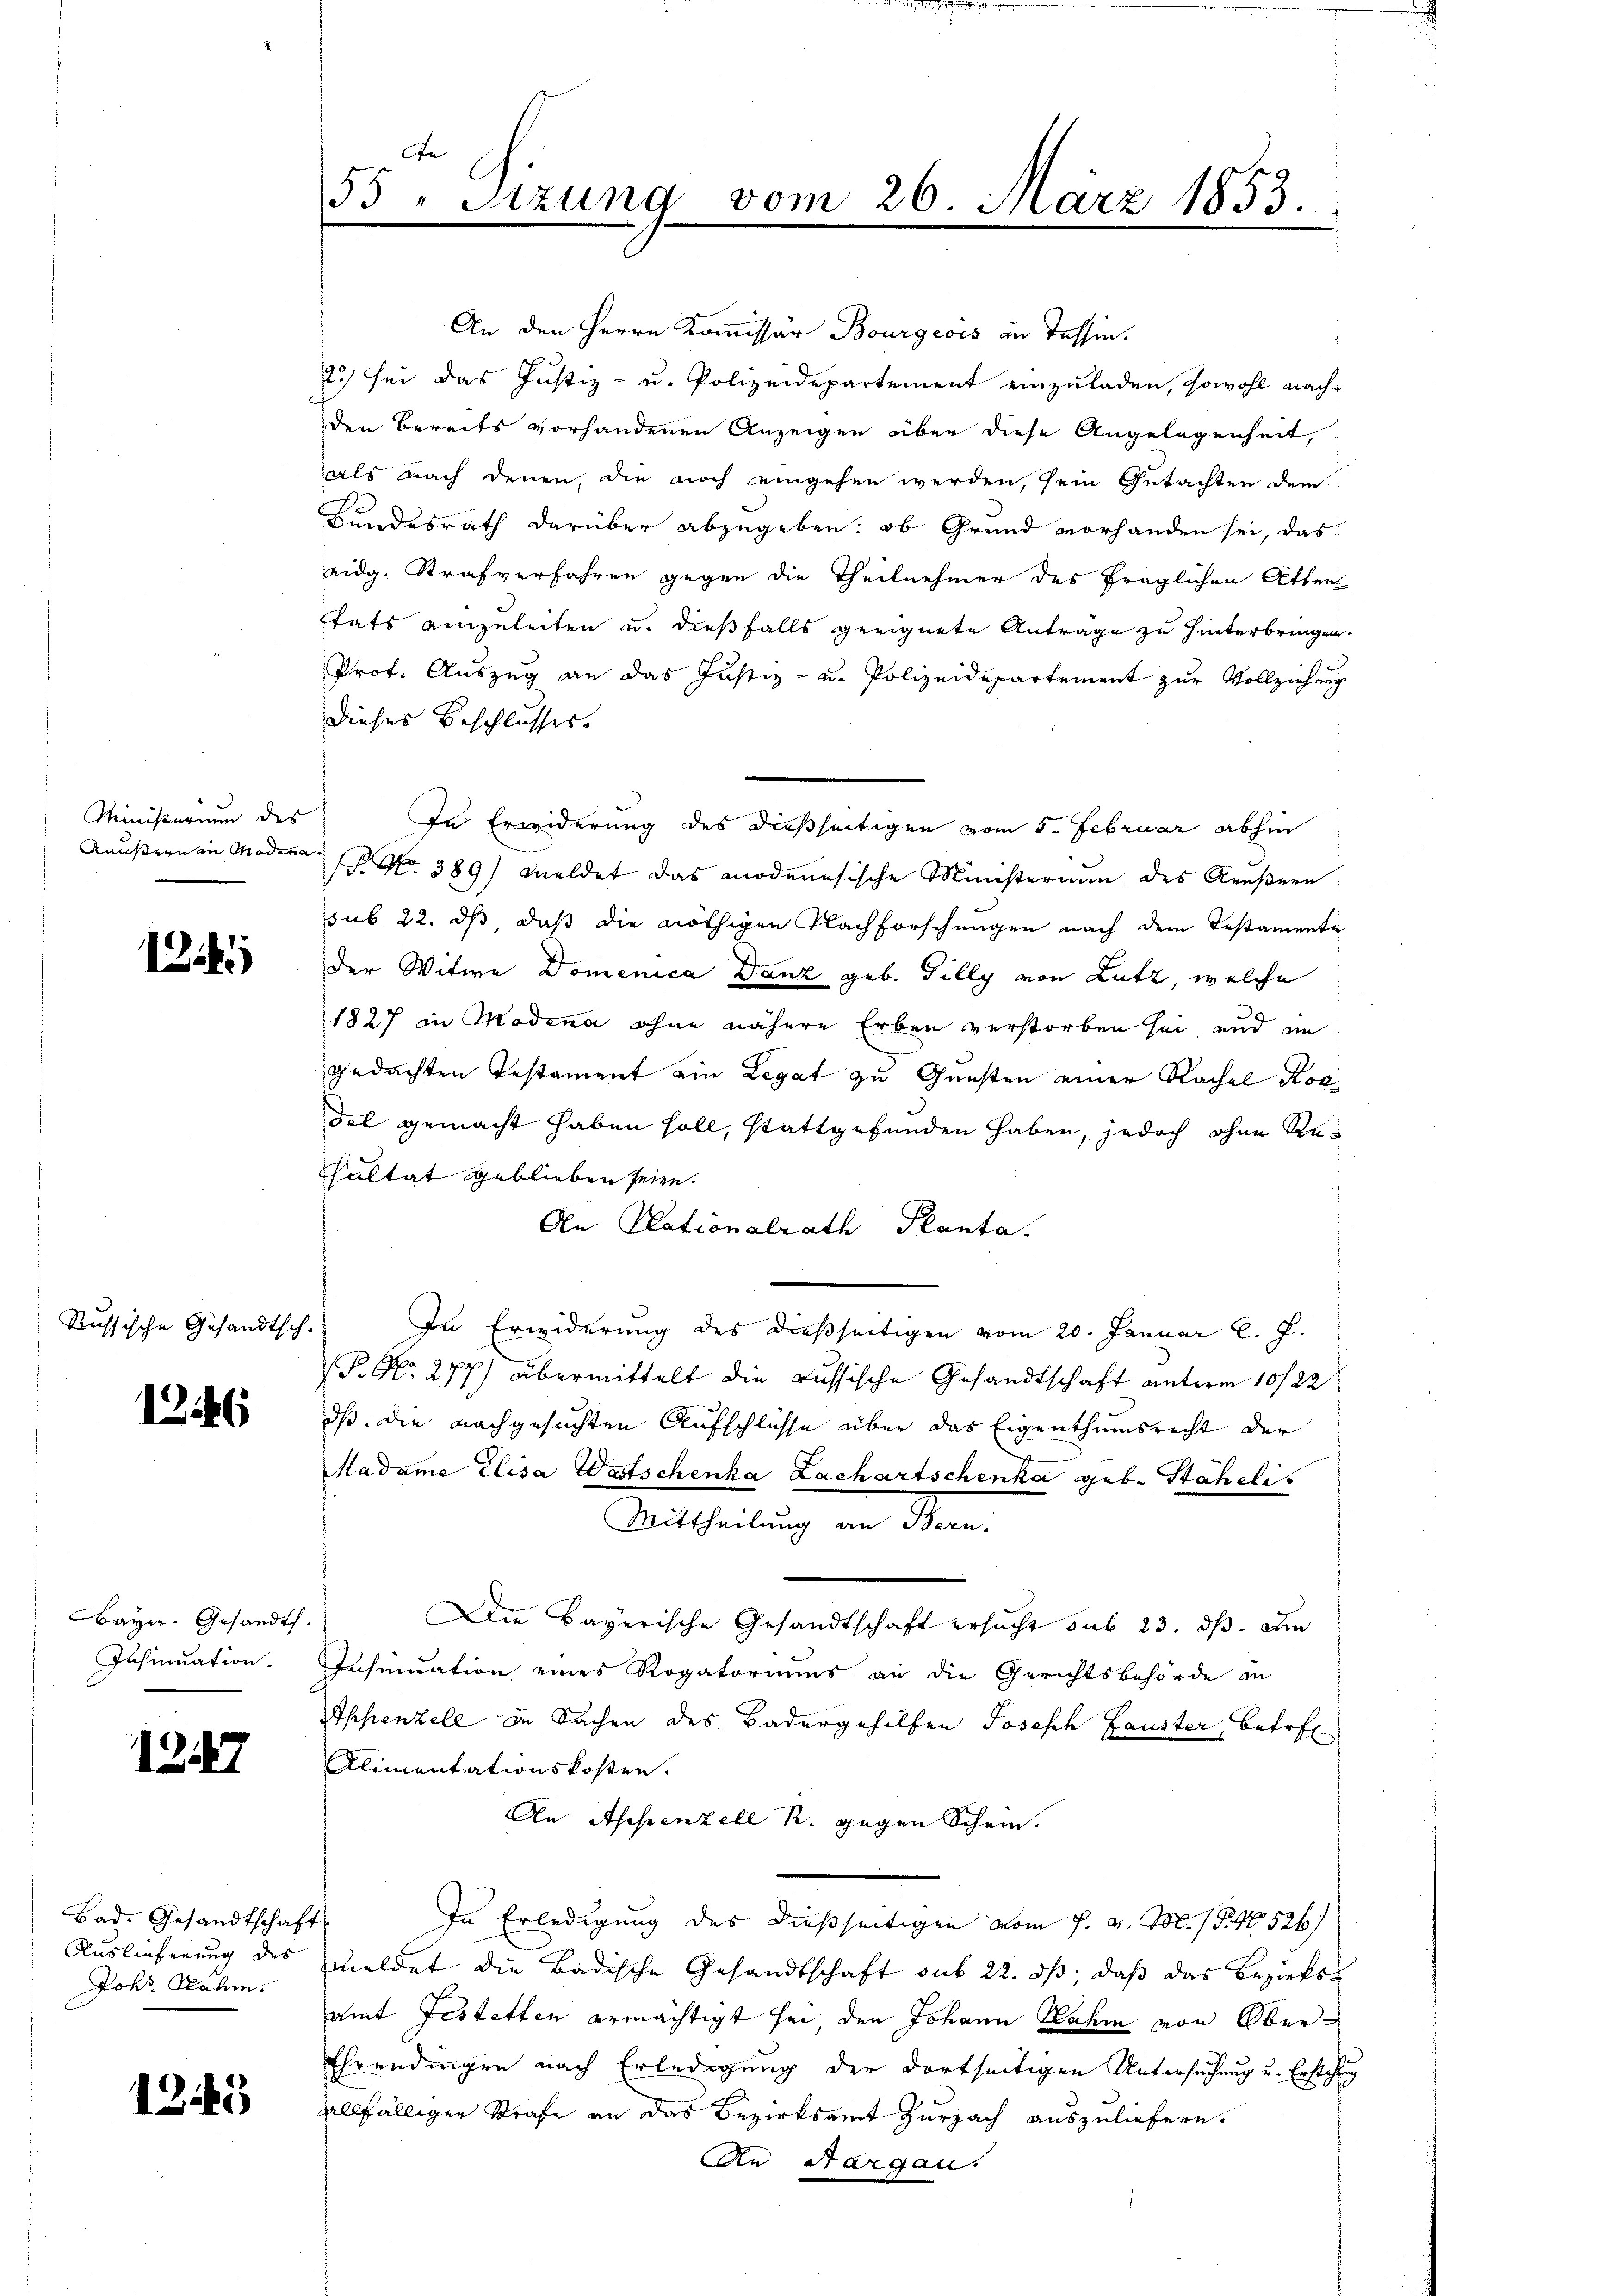
Ministerium des
Aüßern in Modena

i

kussische Gesandtsch.

1246

Bayer. Gesandt.
Insinuation.

1247

Bad. Gesandtschaft
Pohs. Rahm.

1245

e
55 " Sitzung vom 26. März 1853.

An den Herrn Kommissär Bourgeois in Tessin.
2.) sei das Justiz- u. Polizeidepartement einzuladen, sowohl nach-
den Bereits vorhandenen Anzeigen über diese Angelegenheit,
als nach denen, die noch eingehen werden, sein Gutachten dem
Bundesrath darüber abzugeben: ob Grund vorhanden sei, das
eidg. Strafverfahren gegen die Theilnehmer des fraglichen Atten
Etats einzuleiten u. dießfalls geeignete Antrage zu hinterbringen.
Prot. Auszug an das Justiz- u. Polizeidepartement zur Vollziehung
dieses Beschlusses.
In Erwiderung des dießseitigen vom 5. Februar abhin
 No 389) Meldet das modenesische Ministerium des Aeußern
sub 22. ds, daß die nöthigen Nachforschungen nach dem Testamente
der Witwe Domenica Danz geb. Filly von Lutz, welche
1827 in Modena ohne nähere Erben verstorben sei, und an
gedachten Testament ein Legat zu Gunsten einer Rachel Rosi
del gemacht haben soll, stattgefunden haben, jedoch ohne Re¬
Sultat geblieben seien.
An Plationalrath Planta.
In Erwiderung des dießseitigen vom 20. Januar l. J.
P. Nr. 277) übermittelt die russische Gesandtschaft unterm 10/22
dß die nachgesuchten Aufschlüsse über das Eigenthumsrecht der
Madame Elisa Watschenka Lachartschenka geb. Stäheli
Mittheilung in den
Die Bayerische Gesandtschaft ersucht sub 23. ds. Am
Insinuation eines Rogatoriums an die Gerichtsbehörde in
Appenzell in Sachen des Badergehilfen Joseph Lauster, betreff
Alimentationskosten.
An Appenzell R. gegen Schein.
In Erledigung des dießseitigen vom 7. v. J. P. No 526)
Auslieferung des meldet die Badische Gesandtschaft sub 22. ds, daß das Bezirks-
amt Festetten ermächtigt sei, den Johann Nahme von Ober¬
Ehrendingen nach Erledigung der dortseitigen Untersuchung u. Erstehung
allfälliger Strafe an das Bezirksamt Zurzach auszuliefern.
An Margau.